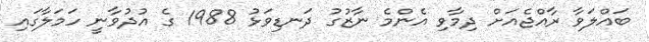
ބައްލަވާ ރާއްޖެއަށް ދިމާވި އެންމެ ނާޒުގު ދަނޑިވަޅު 1988 ގެ އުދުވާނީ ހަމަލާގައި